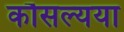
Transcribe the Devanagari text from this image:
कौसल्यया